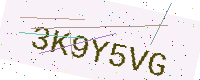
Text: 3K9Y5VG